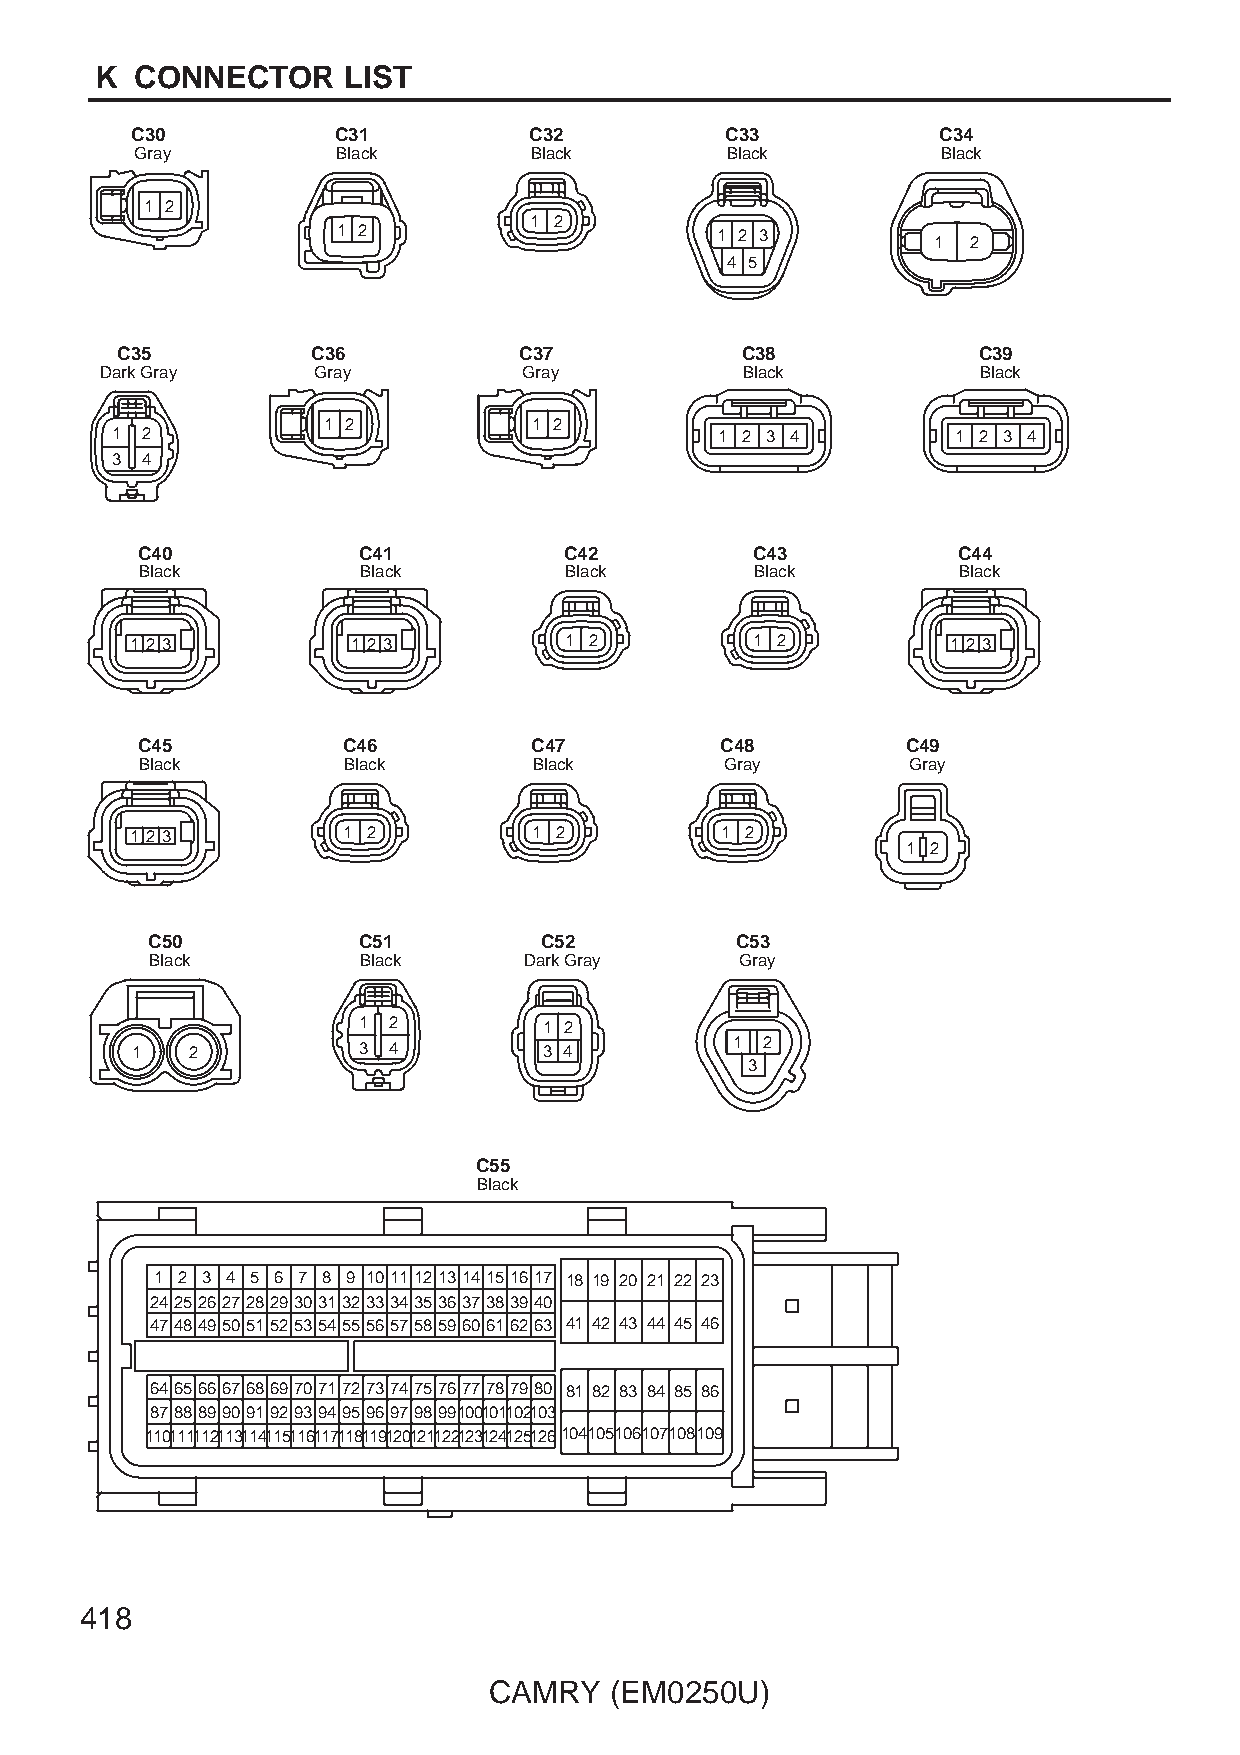
K  CONNECTOR     LIST
 C30          C31          C32          C33           C34
 Gray         Black        Black        Black         Black
 1 2
 1 2
 1 2                      1 2 3
 1 2
 4 5
 C35          C36          C37            C38             C39
 Dark Gray     Gray          Gray          Black           Black
 1 2           1 2
 1 2                                      1 2 3 4        1 2 3 4
 3 4
 C40            C41          C42          C43          C44
 Black          Black        Black        Black        Black
 1 2 3         1 2 3         1 2          1 2          1 2 3
 C45           C46         C47          C48         C49
 Black         Black       Black        Gray        Gray
 1 2 3         1 2         1 2          1 2
 1 2
 C50           C51         C52          C53
 Black         Black      Dark Gray     Gray
 1 2         1 2
 1   2          3 4         3 4          1 2
 3
 C55
 Black
 1 2 3 4 5 6 7 8 9 1011121314151617 18 19 20 21 22 23
 2425262728293031323334353637383940
 4748495051525354555657585960616263 41 42 43 44 45 46
 6465666768697071727374757677787980 81 82 83 84 85 86
 87888990919293949596979899100101102103
 110111112113114115116117118119120121122123124125126104105106107108109
 418
 CAMRY   (EM0250U)